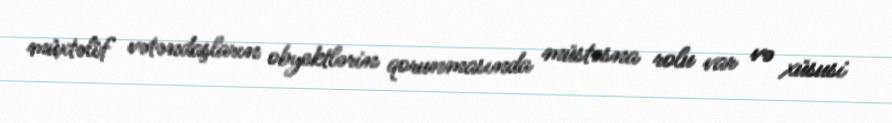
müxtəlif vətəndaşların obyektlərin qorunmasında müstəsna rolu var və xüsusi